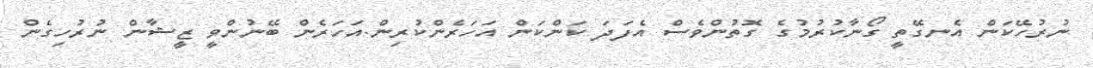
ނުރުހޭކަން އެނގޭތީ ގޯނާކުރުމުގެ ގޮތުންވެސް އެފަދަ ކަންކަން އަހަރެންކުރިން.އަހަރެން ބޭނުންވީ ޒީޝާން ނުރުހިގެން